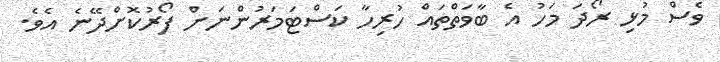
ވެސް މުޅި ރޯދަ މަހު އެ ބާވަތްތައް ހުރިހާ ކަސްޓަމަރުންނަށް ފޯރުކޮށްދޭނެ އެވެ.